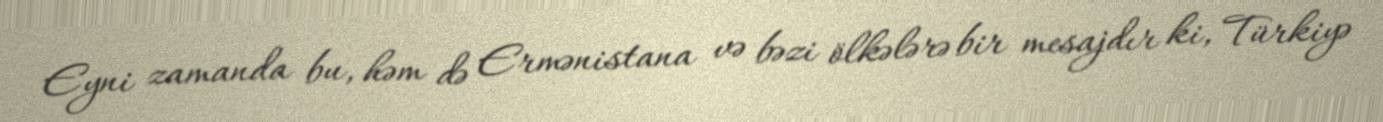
Eyni zamanda bu, həm də Ermənistana və bəzi ölkələrə bir mesajdır ki, Türkiyə